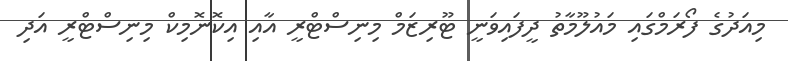
މިއަދުގެ ފޯރަމްގައި މައުލޫމާތު ދީފައިވަނީ ޓޫރިޒަމް މިނިސްޓްރީ އާއި އިކޮނޮމިކް މިނިސްޓްރީ އަދި